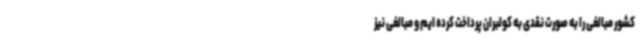
کشور مبالغی را به صورت نقدی به کولبران پرداخت کرده ایم و مبالغی نیز